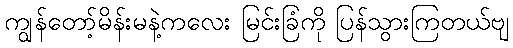
ကျွန်တော့်မိန်းမနဲ့ကလေး မြင်းခြံကို ပြန်သွားကြတယ်ဗျ